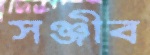
সঞ্জীব